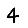
Digit: 4